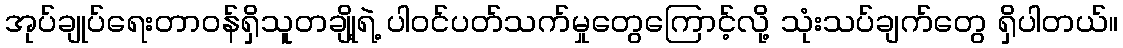
အုပ်ချုပ်ရေးတာဝန်ရှိသူတချို့ရဲ့ ပါဝင်ပတ်သက်မှုတွေကြောင့်လို့ သုံးသပ်ချက်တွေ ရှိပါတယ်။